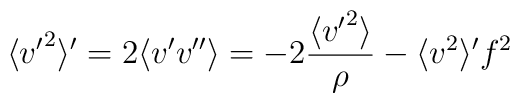
\langle {v'}^2 \rangle ' = 2\langle v' v'' \rangle =   -2\frac{\langle {v'}^2 \rangle}{\rho} -   \langle v^2 \rangle ' f^2